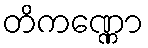
တိကဏ္ဏော